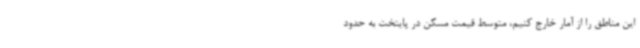
این مناطق را از آمار خارج کنیم، متوسط قیمت مسکن در پایتخت به حدود